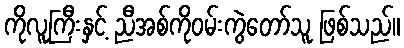
ကိုလူကြီးနှင့် ညီအစ်ကိုဝမ်းကွဲတော်သူ ဖြစ်သည်။